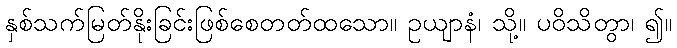
နှစ်သက်မြတ်နိုးခြင်းဖြစ်စေတတ်ထသော။ ဥယျာနံ၊ သို့။ ပဝိသိတွာ၊ ၍။